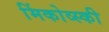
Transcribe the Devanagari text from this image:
मिंकोव्स्की